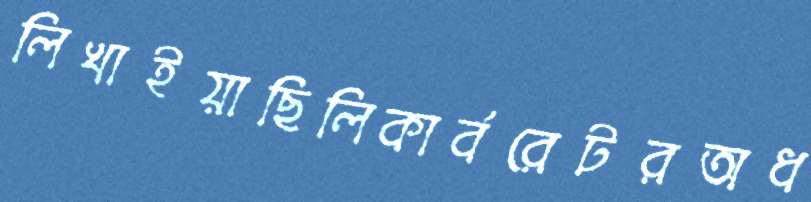
লিখাইয়াছিলিকার্বরেটরঅধ